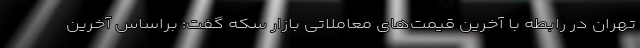
تهران در رابطه با آخرین قیمت‌های معاملاتی بازار سکه گفت: براساس آخرین